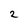
Character: 2